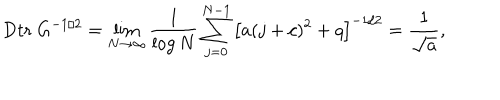
\mathrm { D t r } \ G ^ { - 1 / 2 } = \lim _ { N \rightarrow \infty } \frac { 1 } { \log N } \sum _ { j = 0 } ^ { N - 1 } \left[ a ( j + c ) ^ { 2 } + q \right] ^ { - 1 / 2 } = \frac { 1 } { \sqrt { a } } ,